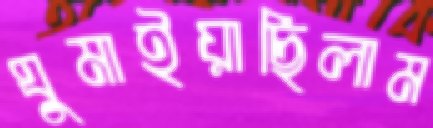
ঘুমাইয়াছিলাম